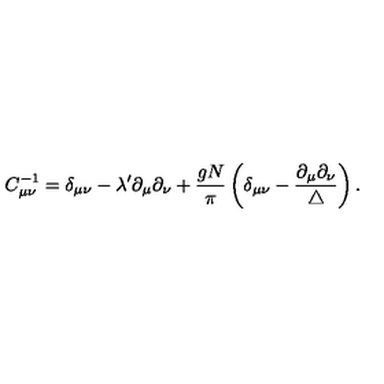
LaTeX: C _ { \mu \nu } ^ { - 1 } = \delta _ { \mu \nu } - \lambda ^ { \prime } \partial _ { \mu } \partial _ { \nu } + \frac { g N } { \pi } \left( \delta _ { \mu \nu } - \frac { \partial _ { \mu } \partial _ { \nu } } { \triangle } \right) .